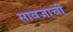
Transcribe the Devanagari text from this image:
सावजाची